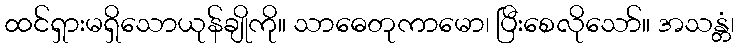
ထင်ရှားမရှိသောယုန်ချိုကို။ သာဓေတုကာမော၊ ပြီးစေလိုသော်။ အသန္တံ၊